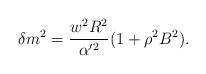
LaTeX: \begin{align*}\delta m^{2}=\frac{w^{2}R^{2}}{\alpha '^{2}}(1+\rho ^{2}B^{2}).\end{align*}